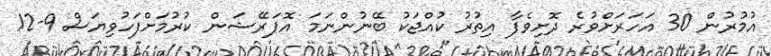
އުމުރުން 30 އަހަރަށްވުރެ ދޮށިވެފާ އިތުރު ކުއްޖަކު ބޭނުންނަމަ އޮޕަރޭޝަން ކުރުމަށްފަހުވިޔަސް 9-12